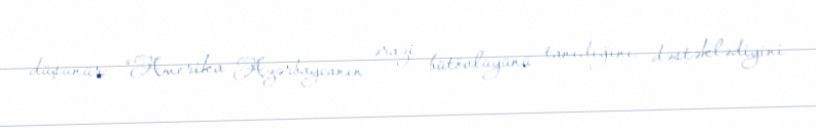
düşünür: “Amerika Azərbaycanın ərazi bütövlüyünü tanıdığını, dəstəklədiyini